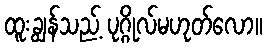
ထူးချွန်သည့် ပုဂ္ဂိုလ်မဟုတ်လော။